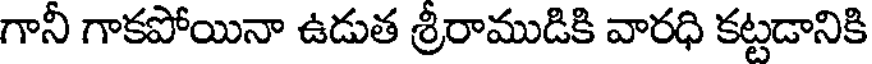
గానీ గాకపోయినా ఉడుత శ్రీరాముడికి వారధి కట్టడానికి